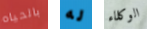
بالحياه له الوكلاء